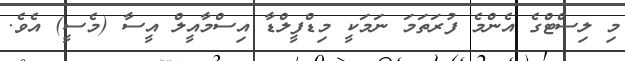
މި ލިސްޓްގެ އެންމެ ފުރަތަމަ ނަމަކީ މިޑްފީލްޑާ އިސްމާއީލް އީސާ (މެސީ) އެވެ.